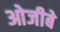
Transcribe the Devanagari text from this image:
ओजीबे